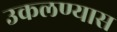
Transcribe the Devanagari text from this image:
उकलण्यास